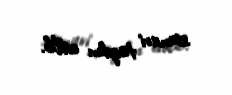
ssenari təqdim edilib.